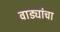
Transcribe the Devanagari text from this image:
वाड्यांचा